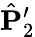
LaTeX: \hat{{\mathbf P}}_{2}^{\prime}